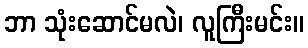
ဘာ သုံးဆောင်မလဲ၊ လူကြီးမင်း။